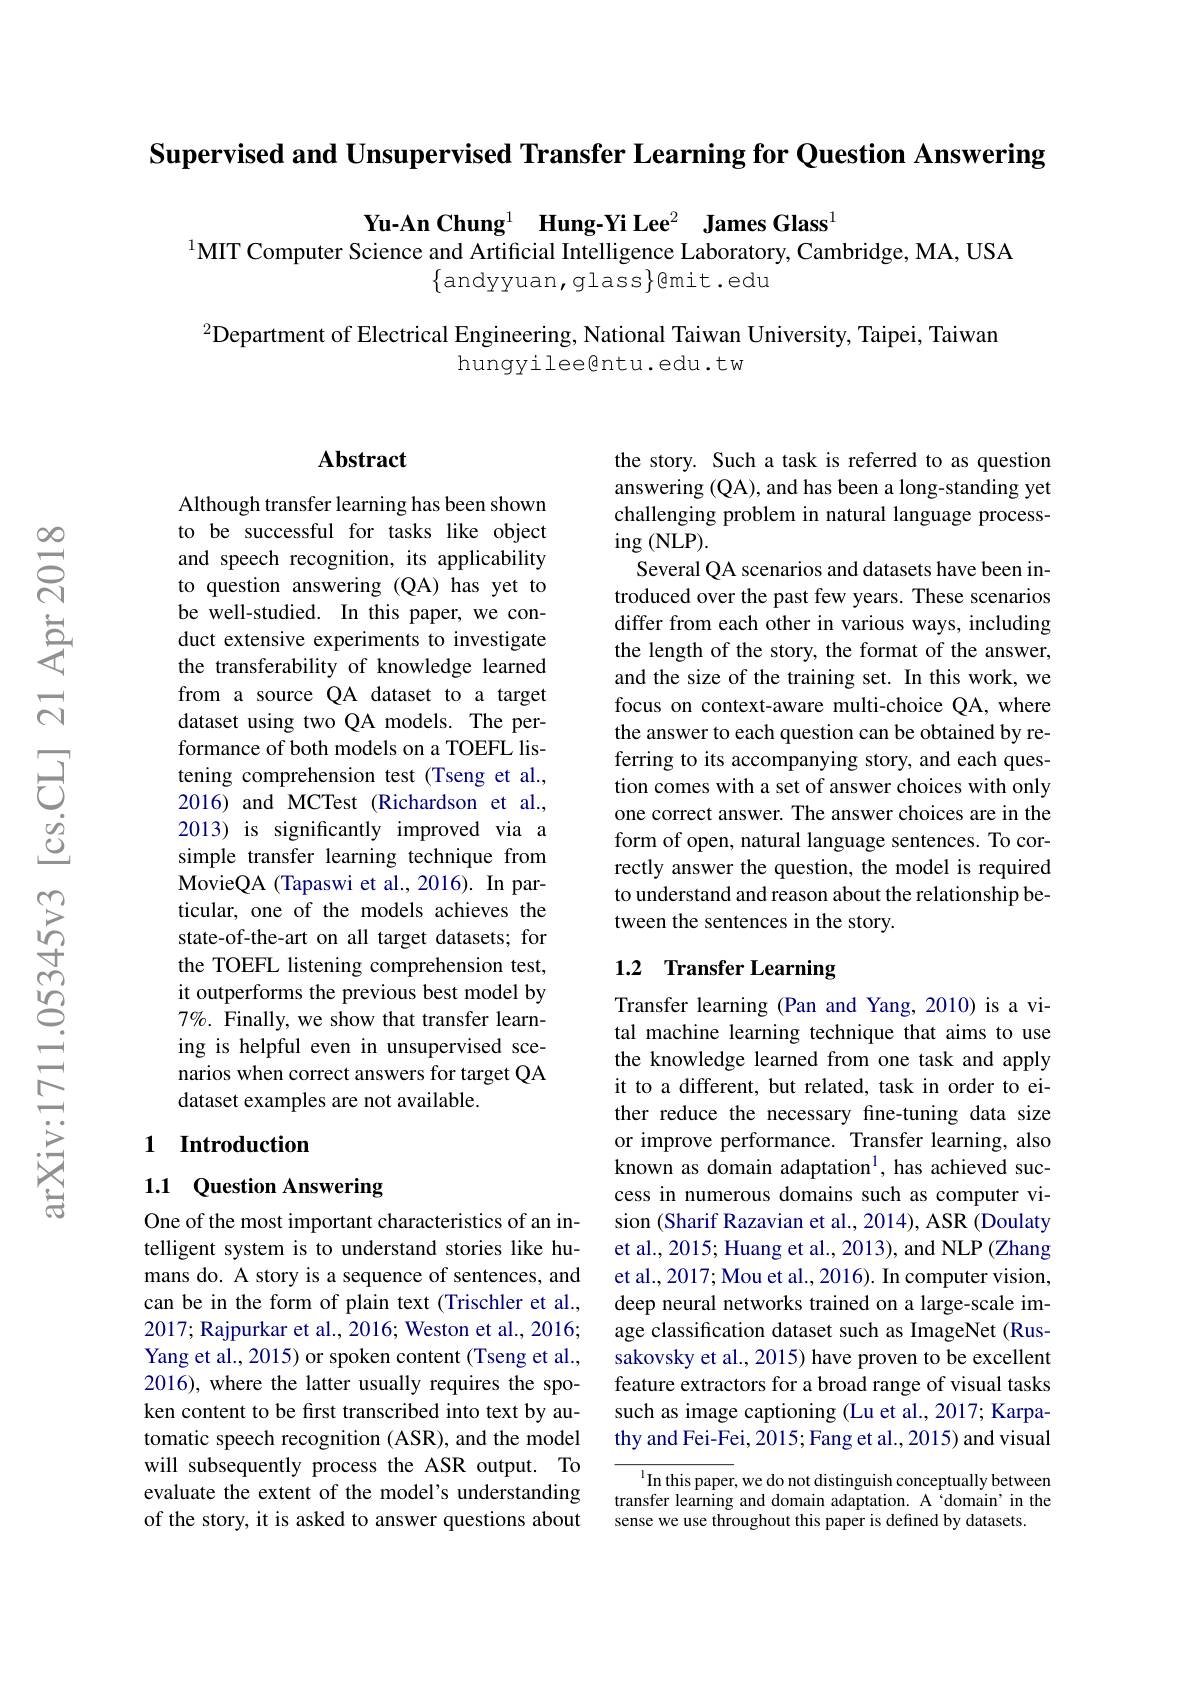
Supervised and Unsupervised Transfer Learning for Question Answering

Yu-An Chung$^1$ $\textbf{Hung- Yi Lee}^2$ $\textbf{James Glass}^1$
$^{1}$MIT Computer Science and Artificial Intelligence Laboratory, Cambridge, MA, USA
$\{$andyyuan,glass$\}$emit.edu

$^{2}$Department of Electrical Engineering, National Taiwan University, Taipei, Taiwan
hungyileegntu.edu.tw

### $\mathbf{Abstract}$

Although transfer learning has been shown to be successful for tasks like object and speech recognition, its applicability to question answering (QA) has yet to be well-studied. In this paper, we conduct extensive experiments to investigate the transferability of knowledge learned from a source QA dataset to a target dataset using two QA models. The performance of both models on a TOEFL listening comprehension test (Tseng et al., 2016) and MCTest (Richardson et al., 2013) is significantly improved via a simple transfer learning technique from MovieQA (Tapaswi et al.,2016). In particular, one of the models achieves the state-of-the-art on all target datasets; for the TOEFL listening comprehension test, it outperforms the previous best model by $7\%.$ Finally, we show that transfer learning is helpful even in unsupervised scenarios when correct answers for target QA dataset examples are not available.

## 1 Introduction

1.1 Question Answering

One of the most important characteristics of an intelligent system is to understand stories like humans do. A story is a sequence of sentences, and can be in the form of plain text (Trischler et al., 2017; Rajpurkar et al., 2016; Weston et al., 2016; Yang et al., 2015) or spoken content (Tseng et al., 2016), where the latter usually requires the spoken content to be first transcribed into text by automatic speech recognition (ASR), and the model will subsequently process the ASR output. To evaluate the extent of the model's understanding of the story, it is asked to answer questions about

the story. Such a task is referred to as question answering (QA), and has been a long-standing yet challenging problem in natural language process- $\operatorname{ing}($NLP).
Several QA scenarios and datasets have been introduced over the past few years. These scenarios differ from each other in various ways, including the length of the story, the format of the answer, and the size of the training set. In this work, we focus on context-aware multi-choice QA, where the answer to each question can be obtained by referring to its accompanying story, and each question comes with a set of answer choices with only one correct answer. The answer choices are in the form of open, natural language sentences. To correctly answer the question, the model is required to understand and reason about the relationship between the sentences in the story.

## 1.2 Transfer Learning

Transfer learning (Pan and Yang, 2010) is a vital machine learning technique that aims to use the knowledge learned from one task and apply it to a different, but related, task in order to either reduce the necessary fine-tuning data size or improve performance. Transfer learning, also known as domain adaptation$^1$, has achieved success in numerous domains such as computer vision (Sharif Razavian et al., 2014), ASR (Doulaty et al., 2015; Huang et al., 2013), and NLP (Zhang et al., 2017; Mou et al., 2016). In computer vision, deep neural networks trained on a large-scale image classification dataset such as ImageNet (Russakovsky et al., 2015) have proven to be excellent feature extractors for a broad range of visual tasks such as image captioning (Lu et al., 2017; Karpathy and Fei-Fei, 2015; Fang et al., 2015) and visual

${^{1}}$In this paper, we do not distinguish conceptually between transfer learning and domain adaptation. A‘domain’in the sense we use throughout this paper is defined by datasets